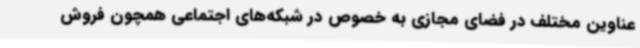
عناوین‌ مختلف در فضای مجازی به خصوص در شبکه‌های اجتماعی همچون فروش